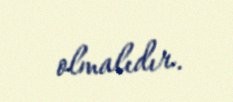
olmalıdır.